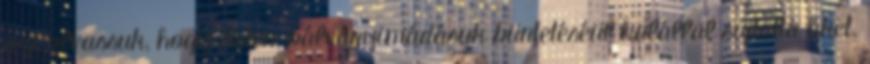
azt olvassuk, hogy Isten, bálványimádásuk büntetéséül halállal sújtotta őket.